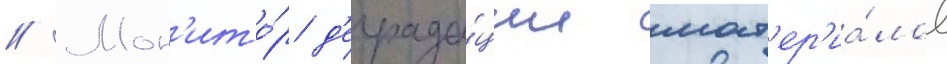
// Мон'ито́р д'еграда́ции мат'ер'иа́лов